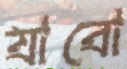
যাবো